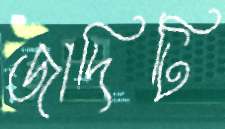
জাদিটি